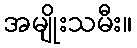
အမျိုးသမီး။